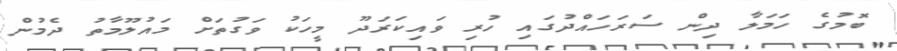
ބޮމުގެ ހަމަލާ ދިން ސަރަހައްދުގައި ހުރި ވަައިކަރަދޫ މީހަކު ވަގުތަށް މައުލޫމާތު ދެމުން